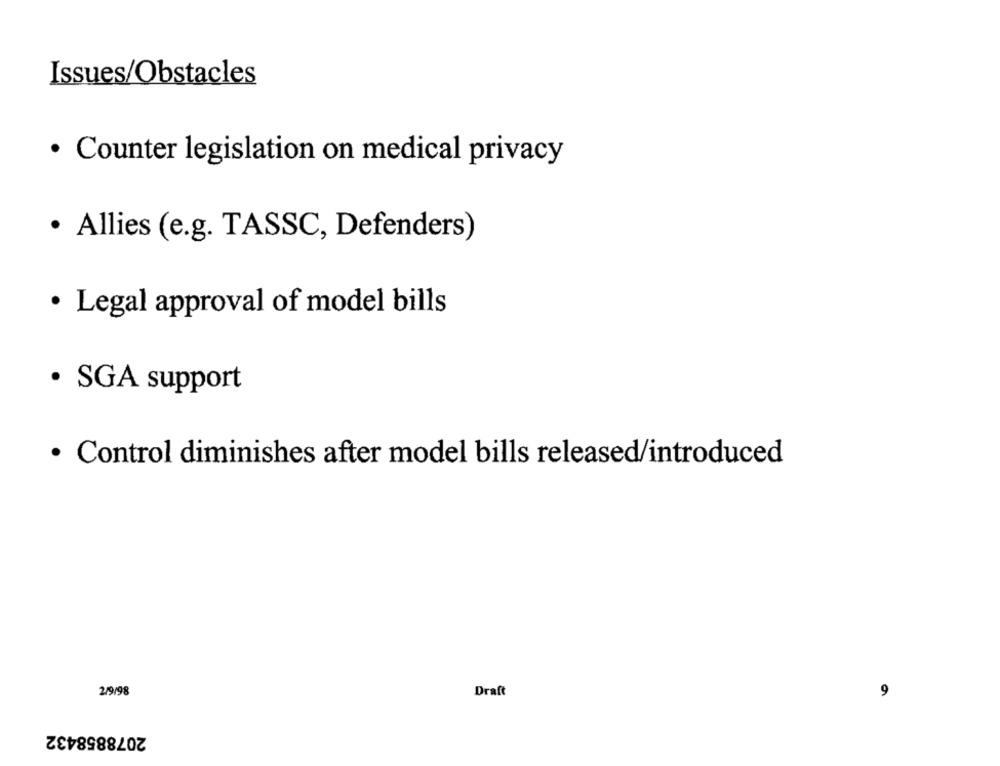
Issues/Obstacles
· Counter legislation on medical privacy
· Allies (e.g. TASSC, Defenders)
· Legal approval of model bills
· SGA support
· Control diminishes after model bills released/introduced
2/9/98
Draft
9
2078858432